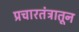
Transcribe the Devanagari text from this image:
प्रचारतंत्रातून